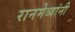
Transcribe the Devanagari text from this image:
रानमेव्यांनी